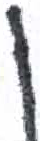
אות: ן